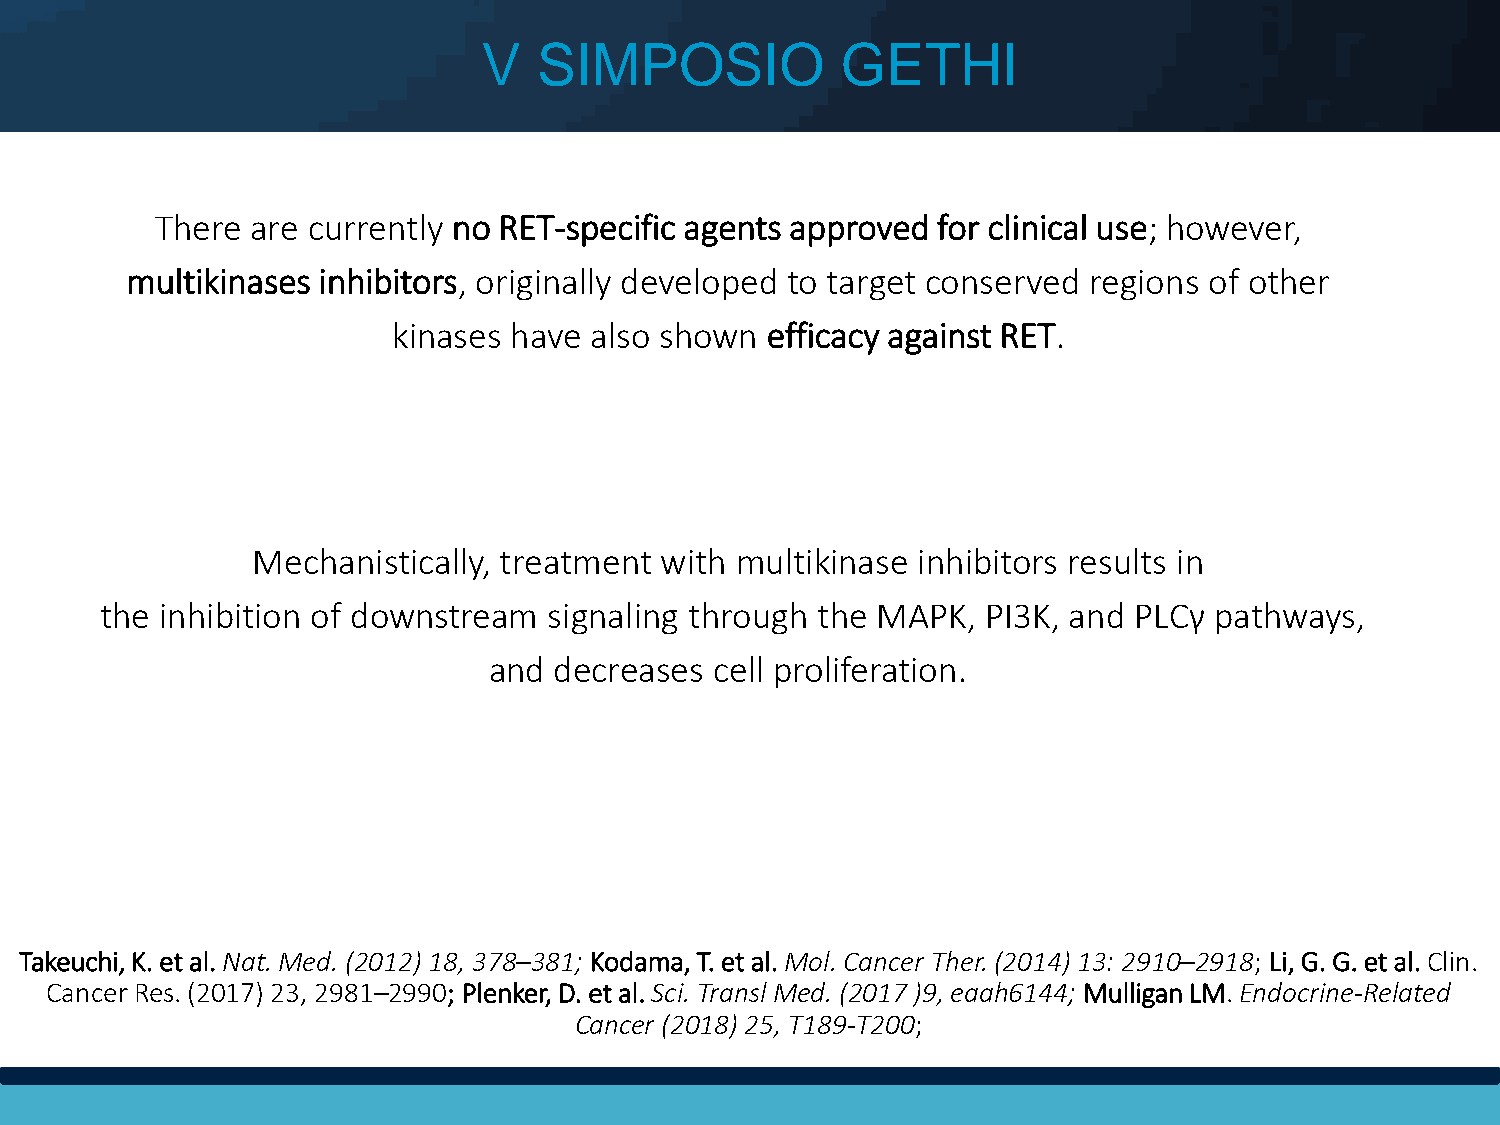
V   SIMPOSIO            GETHI
 There  are currently no RET-specific agents approved for clinical use; however,
 multikinases inhibitors, originally developed to target conserved regions of other
 kinases have also shown  efficacy against RET.
 Mechanistically, treatment with multikinase inhibitors results in
 the inhibition of downstream signaling through the MAPK,  PI3K, and PLCγ pathways,
 and  decreases cell proliferation.
 Takeuchi, K. et al. Nat. Med. (2012) 18, 378–381; Kodama, T. et al. Mol. Cancer Ther. (2014) 13: 2910–2918; Li, G. G. et al. Clin.
 Cancer Res. (2017) 23, 2981–2990; Plenker, D. et al. Sci. Transl Med. (2017 )9, eaah6144; Mulligan LM. Endocrine-Related
 Cancer (2018) 25, T189-T200;